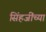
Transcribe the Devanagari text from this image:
सिंहजींच्या